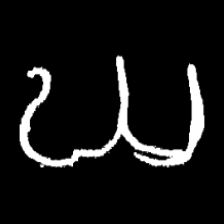
Pyu character \u2014 Myanmar letter: ဃ (romanized: gha)